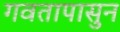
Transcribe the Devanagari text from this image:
गवतापासुन